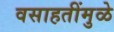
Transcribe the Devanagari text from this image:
वसाहतींमुळे